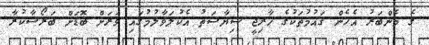
ގެ މެންބަރު އެހެން ޤައުމުތަކުގެ ޚާރިޖީ ސިޔާސަތު އެކުލަވާލުމުގައި ވަރަށް ބޮޑަށް ބަރޯސާކުރާ